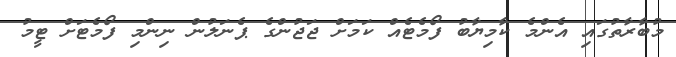
މުބާރާތުގައި އެންމެ ކާމިޔާބު ފޯމެޓެއް ކަމަށް ޖަޖުންގެ ޕެނަލުން ނިންމި ފޯމެޓަށް ޓީމު